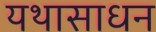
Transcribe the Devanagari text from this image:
यथासाधन